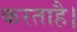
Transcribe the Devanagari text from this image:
करताहै।